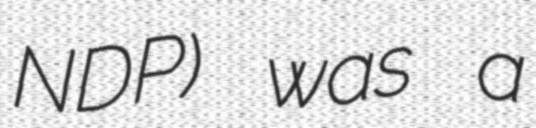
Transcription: NDP) was a